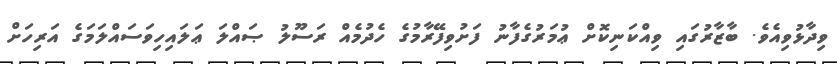
ވިދާޅުވިއެވެ. ބާޒާރުގައި ވިއްކަނިކޮށް ޢުމަރުގެފާނު ފަށުވިފޭރާމުގެ ހެދުމެއް ރަސޫލު ޞައްލަ ޢަލައިހިވަސައްލަމަގެ އަރިހަށް